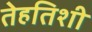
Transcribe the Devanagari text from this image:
तेहतिशी